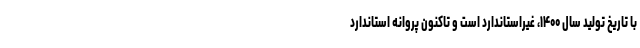
با تاریخ تولید سال ۱۴۰۰، غیراستاندارد است و تاکنون پروانه استاندارد